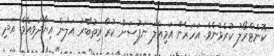
ކޮންޓްރޯލު ކުރެވުނެވެ. އަހަރެން އަމިއްލަ ނަފުސަށް ކުރާ އިތުބާރު އަލުން އިޔާދަވިއެވެ. އަދި